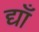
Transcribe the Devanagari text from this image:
द्याँ